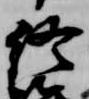
終